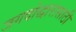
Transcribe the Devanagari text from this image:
जगदोद्धारासाठी